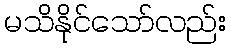
မသိနိုင်သော်လည်း